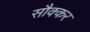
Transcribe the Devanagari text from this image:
सौक्कर